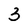
Character: 3